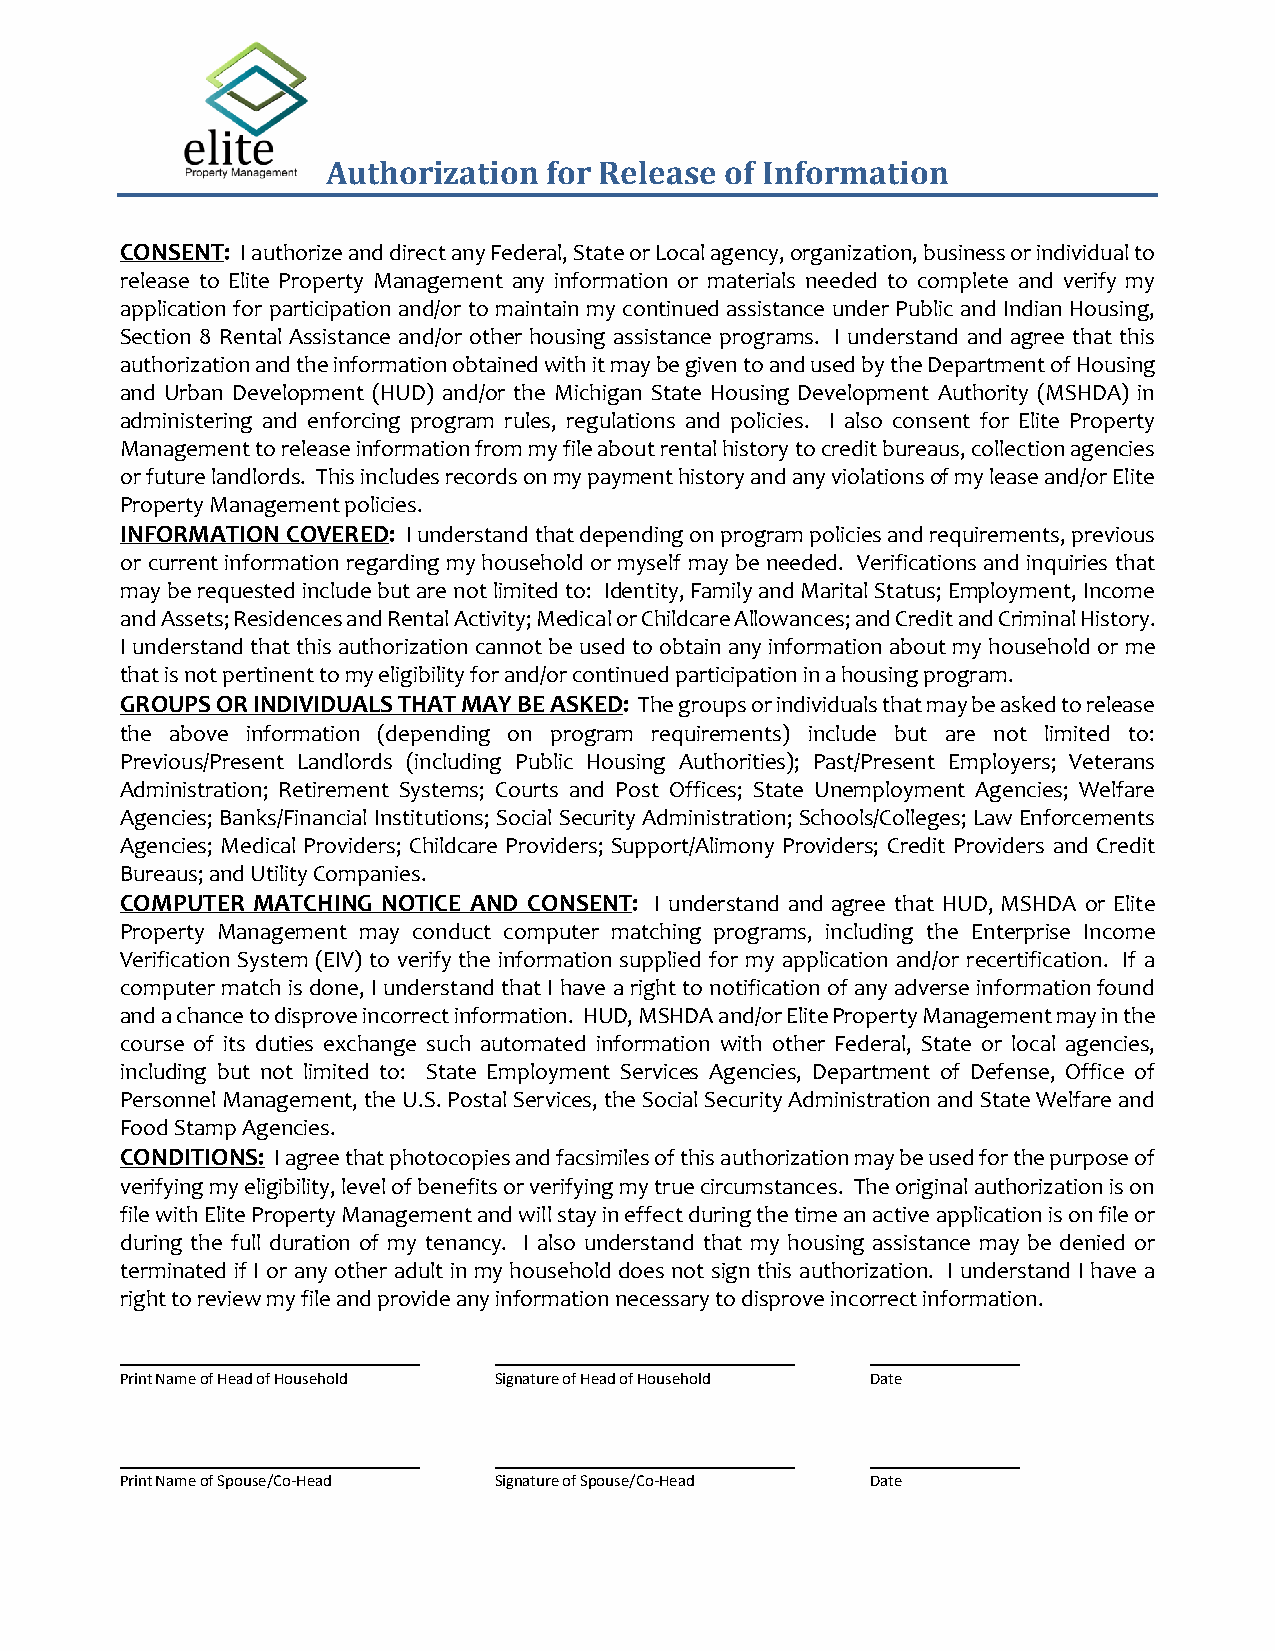
Authorization for Release of Information
 CONSENT: I authorize and direct any Federal, State or Local agency, organization, business or individual to
 release to Elite Property Management any information or materials needed to complete and verify my
 application for participation and/or to maintain my continued assistance under Public and Indian Housing,
 Section 8 Rental Assistance and/or other housing assistance programs. I understand and agree that this
 authorization and the information obtained with it may be given to and used by the Department of Housing
 and Urban Development (HUD) and/or the Michigan State Housing Development Authority (MSHDA) in
 administering and enforcing program rules, regulations and policies. I also consent for Elite Property
 Management to release information from my file about rental history to credit bureaus, collection agencies
 or future landlords. This includes records on my payment history and any violations of my lease and/or Elite
 Property Management policies.
 INFORMATION COVERED: I understand that depending on program policies and requirements, previous
 or current information regarding my household or myself may be needed. Verifications and inquiries that
 may be requested include but are not limited to: Identity, Family and Marital Status; Employment, Income
 and Assets; Residences and Rental Activity; Medical or Childcare Allowances; and Credit and Criminal History.
 I understand that this authorization cannot be used to obtain any information about my household or me
 that is not pertinent to my eligibility for and/or continued participation in a housing program.
 GROUPS OR INDIVIDUALS THAT MAY BE ASKED: The groups or individuals that may be asked to release
 the above information (depending on program requirements) include but are not limited to:
 Previous/Present Landlords (including Public Housing Authorities); Past/Present Employers; Veterans
 Administration; Retirement Systems; Courts and Post Offices; State Unemployment Agencies; Welfare
 Agencies; Banks/Financial Institutions; Social Security Administration; Schools/Colleges; Law Enforcements
 Agencies; Medical Providers; Childcare Providers; Support/Alimony Providers; Credit Providers and Credit
 Bureaus; and Utility Companies.
 COMPUTER MATCHING NOTICE AND CONSENT: I understand and agree that HUD, MSHDA or Elite
 Property Management may conduct computer matching programs, including the Enterprise Income
 Verification System (EIV) to verify the information supplied for my application and/or recertification. If a
 computer match is done, I understand that I have a right to notification of any adverse information found
 and a chance to disprove incorrect information. HUD, MSHDA and/or Elite Property Management may in the
 course of its duties exchange such automated information with other Federal, State or local agencies,
 including but not limited to: State Employment Services Agencies, Department of Defense, Office of
 Personnel Management, the U.S. Postal Services, the Social Security Administration and State Welfare and
 Food Stamp Agencies.
 CONDITIONS: I agree that photocopies and facsimiles of this authorization may be used for the purpose of
 verifying my eligibility, level of benefits or verifying my true circumstances. The original authorization is on
 file with Elite Property Management and will stay in effect during the time an active application is on file or
 during the full duration of my tenancy. I also understand that my housing assistance may be denied or
 terminated if I or any other adult in my household does not sign this authorization. I understand I have a
 right to review my file and provide any information necessary to disprove incorrect information.
 Print Name of Head of Household Signature of Head of Household Date
 Print Name of Spouse/Co-Head Signature of Spouse/Co-Head Date